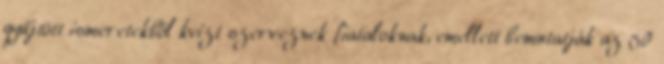
gyűjtött ismeretekből kvízt szerveznek fiataloknak, emellett bemutatják az 50